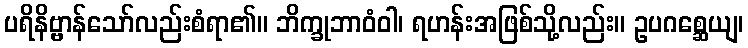
ပရိနိဗ္ဗာန်သော်လည်းစံရာ၏။ ဘိက္ခုဘာဝံဝါ၊ ရဟန်းအဖြစ်သို့လည်း။ ဥပဂစ္ဆေယျ၊